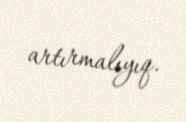
artırmalıyıq.